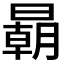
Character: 𣋂